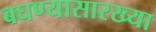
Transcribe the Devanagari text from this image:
बघण्यासारख्या